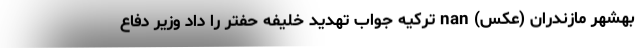
بهشهر مازندران (عکس) nan ترکیه جواب تهدید خلیفه حفتر را داد وزیر دفاع